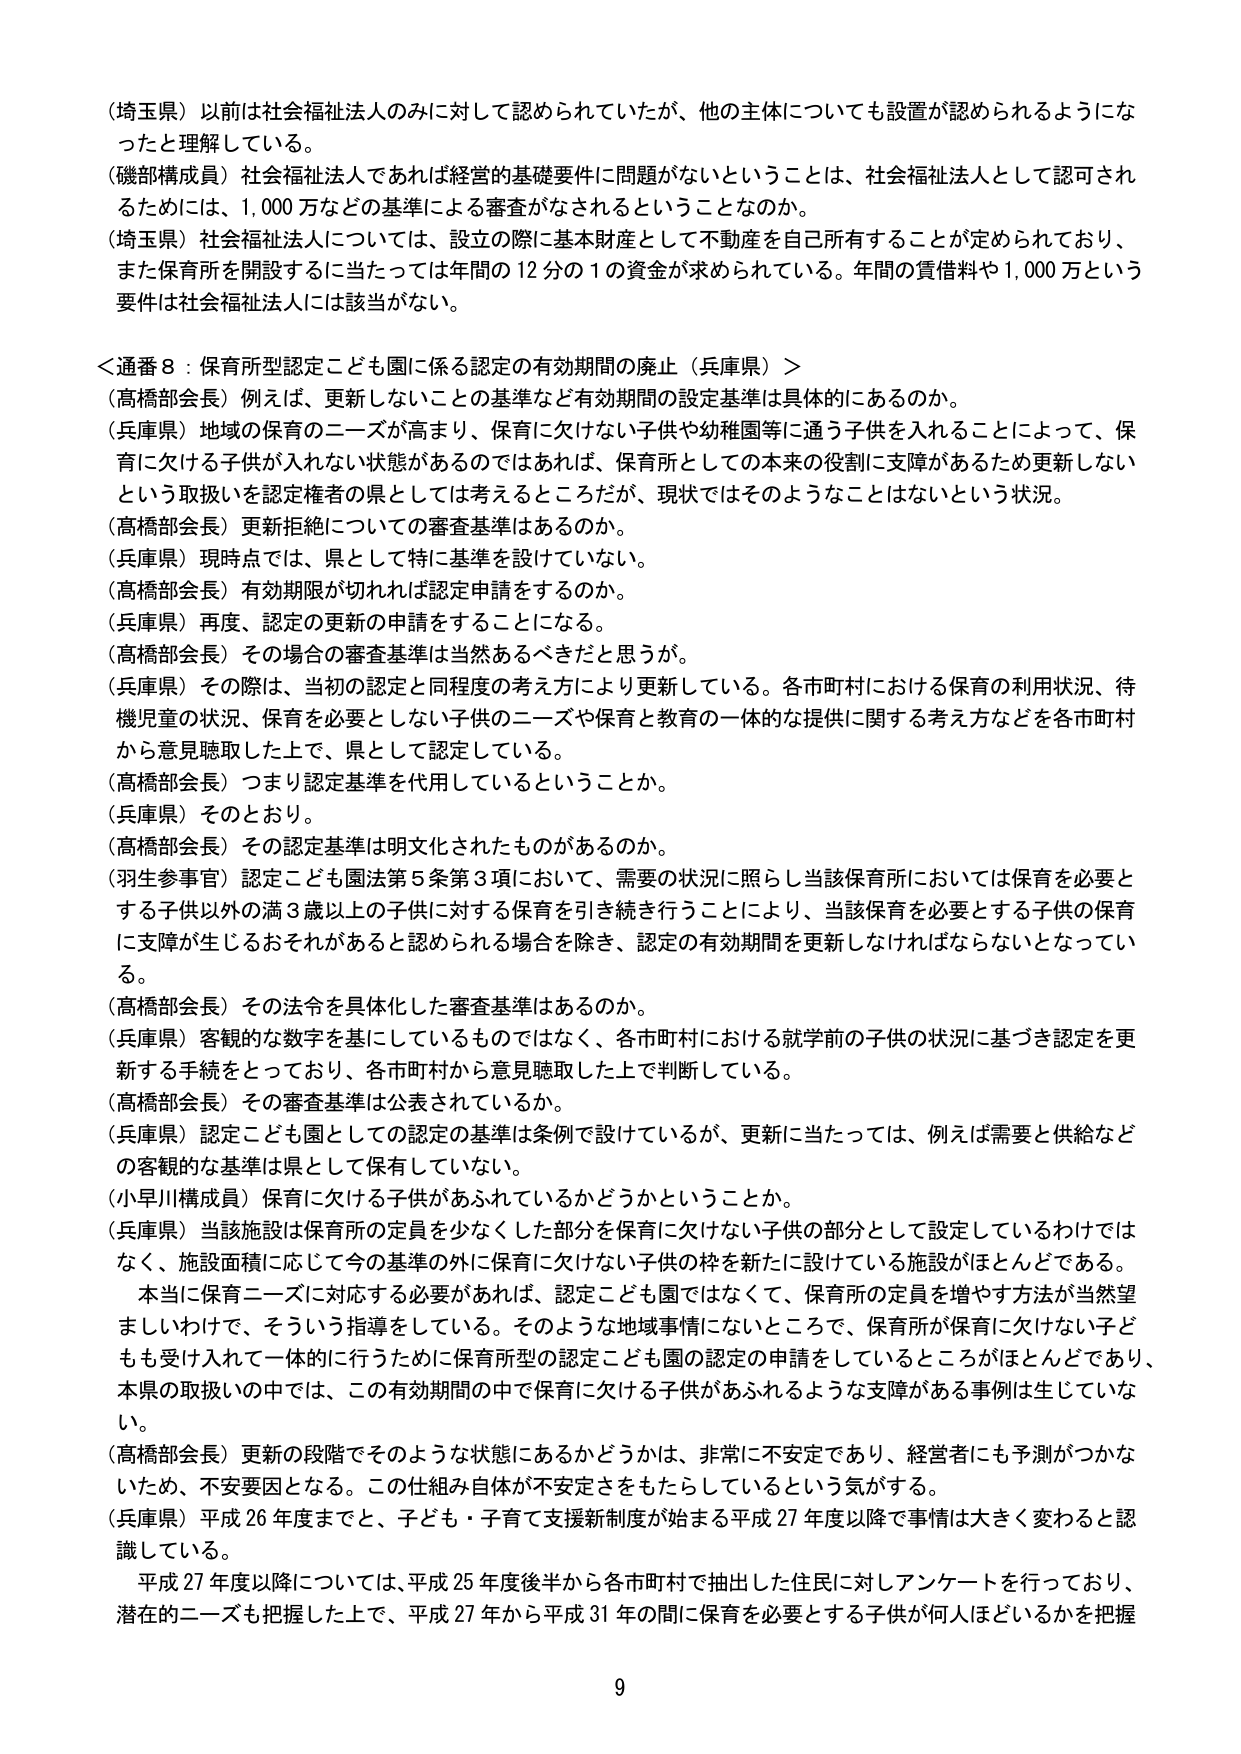
（埼玉県）以前は社会福祉法人のみに対して認められていたが、他の主体についても設置が認められるようにな
ったと理解している。
（磯部構成員）社会福祉法人であれば経営の基礎要件に問題がないということは、社会福祉法人として認可され
るためには、1,000万などの基準による審査がなされるということなのか。
（埼玉県）社会福祉法人については、設立の際に基本財産として不動産を自己所有することが定められており、
また保育所を開設するに当たっては年間の12分の1の資金が求められている。年間の賃借料や1,000万という
要件は社会福祉法人には該当がない。

＜通番8：保育所型認定こども園に係る認定の有効期間の廃止（兵庫県）＞
（高橋部会長）例えば、更新しないことの基準など有効期間の設定基準は具体的にあるのか。
（兵庫県）地域の保育のニーズが高まり、保育に欠けない子供や幼稚園等に通う子供を入れることによって、保
育に欠ける子供が入れない状態があるのではあれば、保育所としての本来の役割に支障があるため更新しない
という取扱いを認定権者の県としては考えるとこだが出るが、現状ではそのようなことはないという状況。
（高橋部会長）更新拒絶についての審査基準はあるのか。
（兵庫県）現時点では、県として特に基準を設けていない。
（高橋部会長）有効期限が切れれば認定申請をするのか。
（兵庫県）再度、認定の更新の申請をすることになる。
（高橋部会長）その場合の審査基準は当然あるべきだと思うが。
（兵庫県）その際は、当初の認定と同程度の考え方により更新している。各市町村における保育の利用状況、待
機児童の状況、保育を必要としない子供のニーズや保育と教育の一体的な提供に関する考え方などを各市町村
から意見聴取した上で、県として認定している。
（高橋部会長）つまり認定基準を代用しているということか。
（兵庫県）そのとおり。
（高橋部会長）その認定基準は明文化されたものがあるのか。
（羽生参事官）認定こども園法第5条第3項において、需要の状況に照らし当該保育所においては保育を必要と
する子供以外の満3歳以上の子供に対する保育を引き続き行うことにより、当該保育を必要とする子供の保育
に支障が生じるおそれがあると認められる場合を除き、認定の有効期間を更新しなければならないとなってい
る。
（高橋部会長）その法令を具体化した審査基準はあるのか。
（兵庫県）客観的な数字を基にしているものではなく、各市町村における就学前の子供の状況に基づき認定を更
新する手続をとっており、各市町村から意見聴取した上で判断している。
（高橋部会長）その審査基準は公表されているか。
（兵庫県）認定こども園としての認定の基準は条例で設けているが、更新に当たっては、例えば需要と供給など
の客観的な基準は県として保有していない。
（小早川構成員）保育に欠ける子供があふれているかどうかということか。
（兵庫県）当該施設は保育所の定員を少なくした部分を保育に欠けない子供の部分として設定しているわけでは
なく、施設面積に応じて今の基準の外に保育に欠けない子供の枠を新たに設けている施設がほとんどである。
本当に保育ニーズに対応する必要があれば、認定こども園ではなくて、保育所の定員を増やす方法が当然望
ましいわけで、そういう指導をしている。そのような地域事情にないところで、保育所が保育に欠けない子ど
もも受け入れて一体的に行うために保育所型の認定こども園の認定の申請をしているところがほとんどであり、
本県の取扱いの中では、この有効期間の中で保育に欠ける子供があふれるような支障がある事例は生じていな
い。
（高橋部会長）更新の段階でそのような状態にあるかどうかは、非常に不安定であり、経営者にも予測がつかな
いため、不安要因となる。この仕組み自体が不安定さをもたらしているという気がする。
（兵庫県）平成26年度までと、子ども・子育て支援新制度が始まる平成27年度以降で事情は大きく変わると認
識している。
平成27年度以降については、平成25年度後半から各市町村で抽出した住民に対しアンケートを行っており、
潜在的ニーズも把握した上で、平成27年から平成31年の間に保育を必要とする子供が何人ほどいるかを把握

9